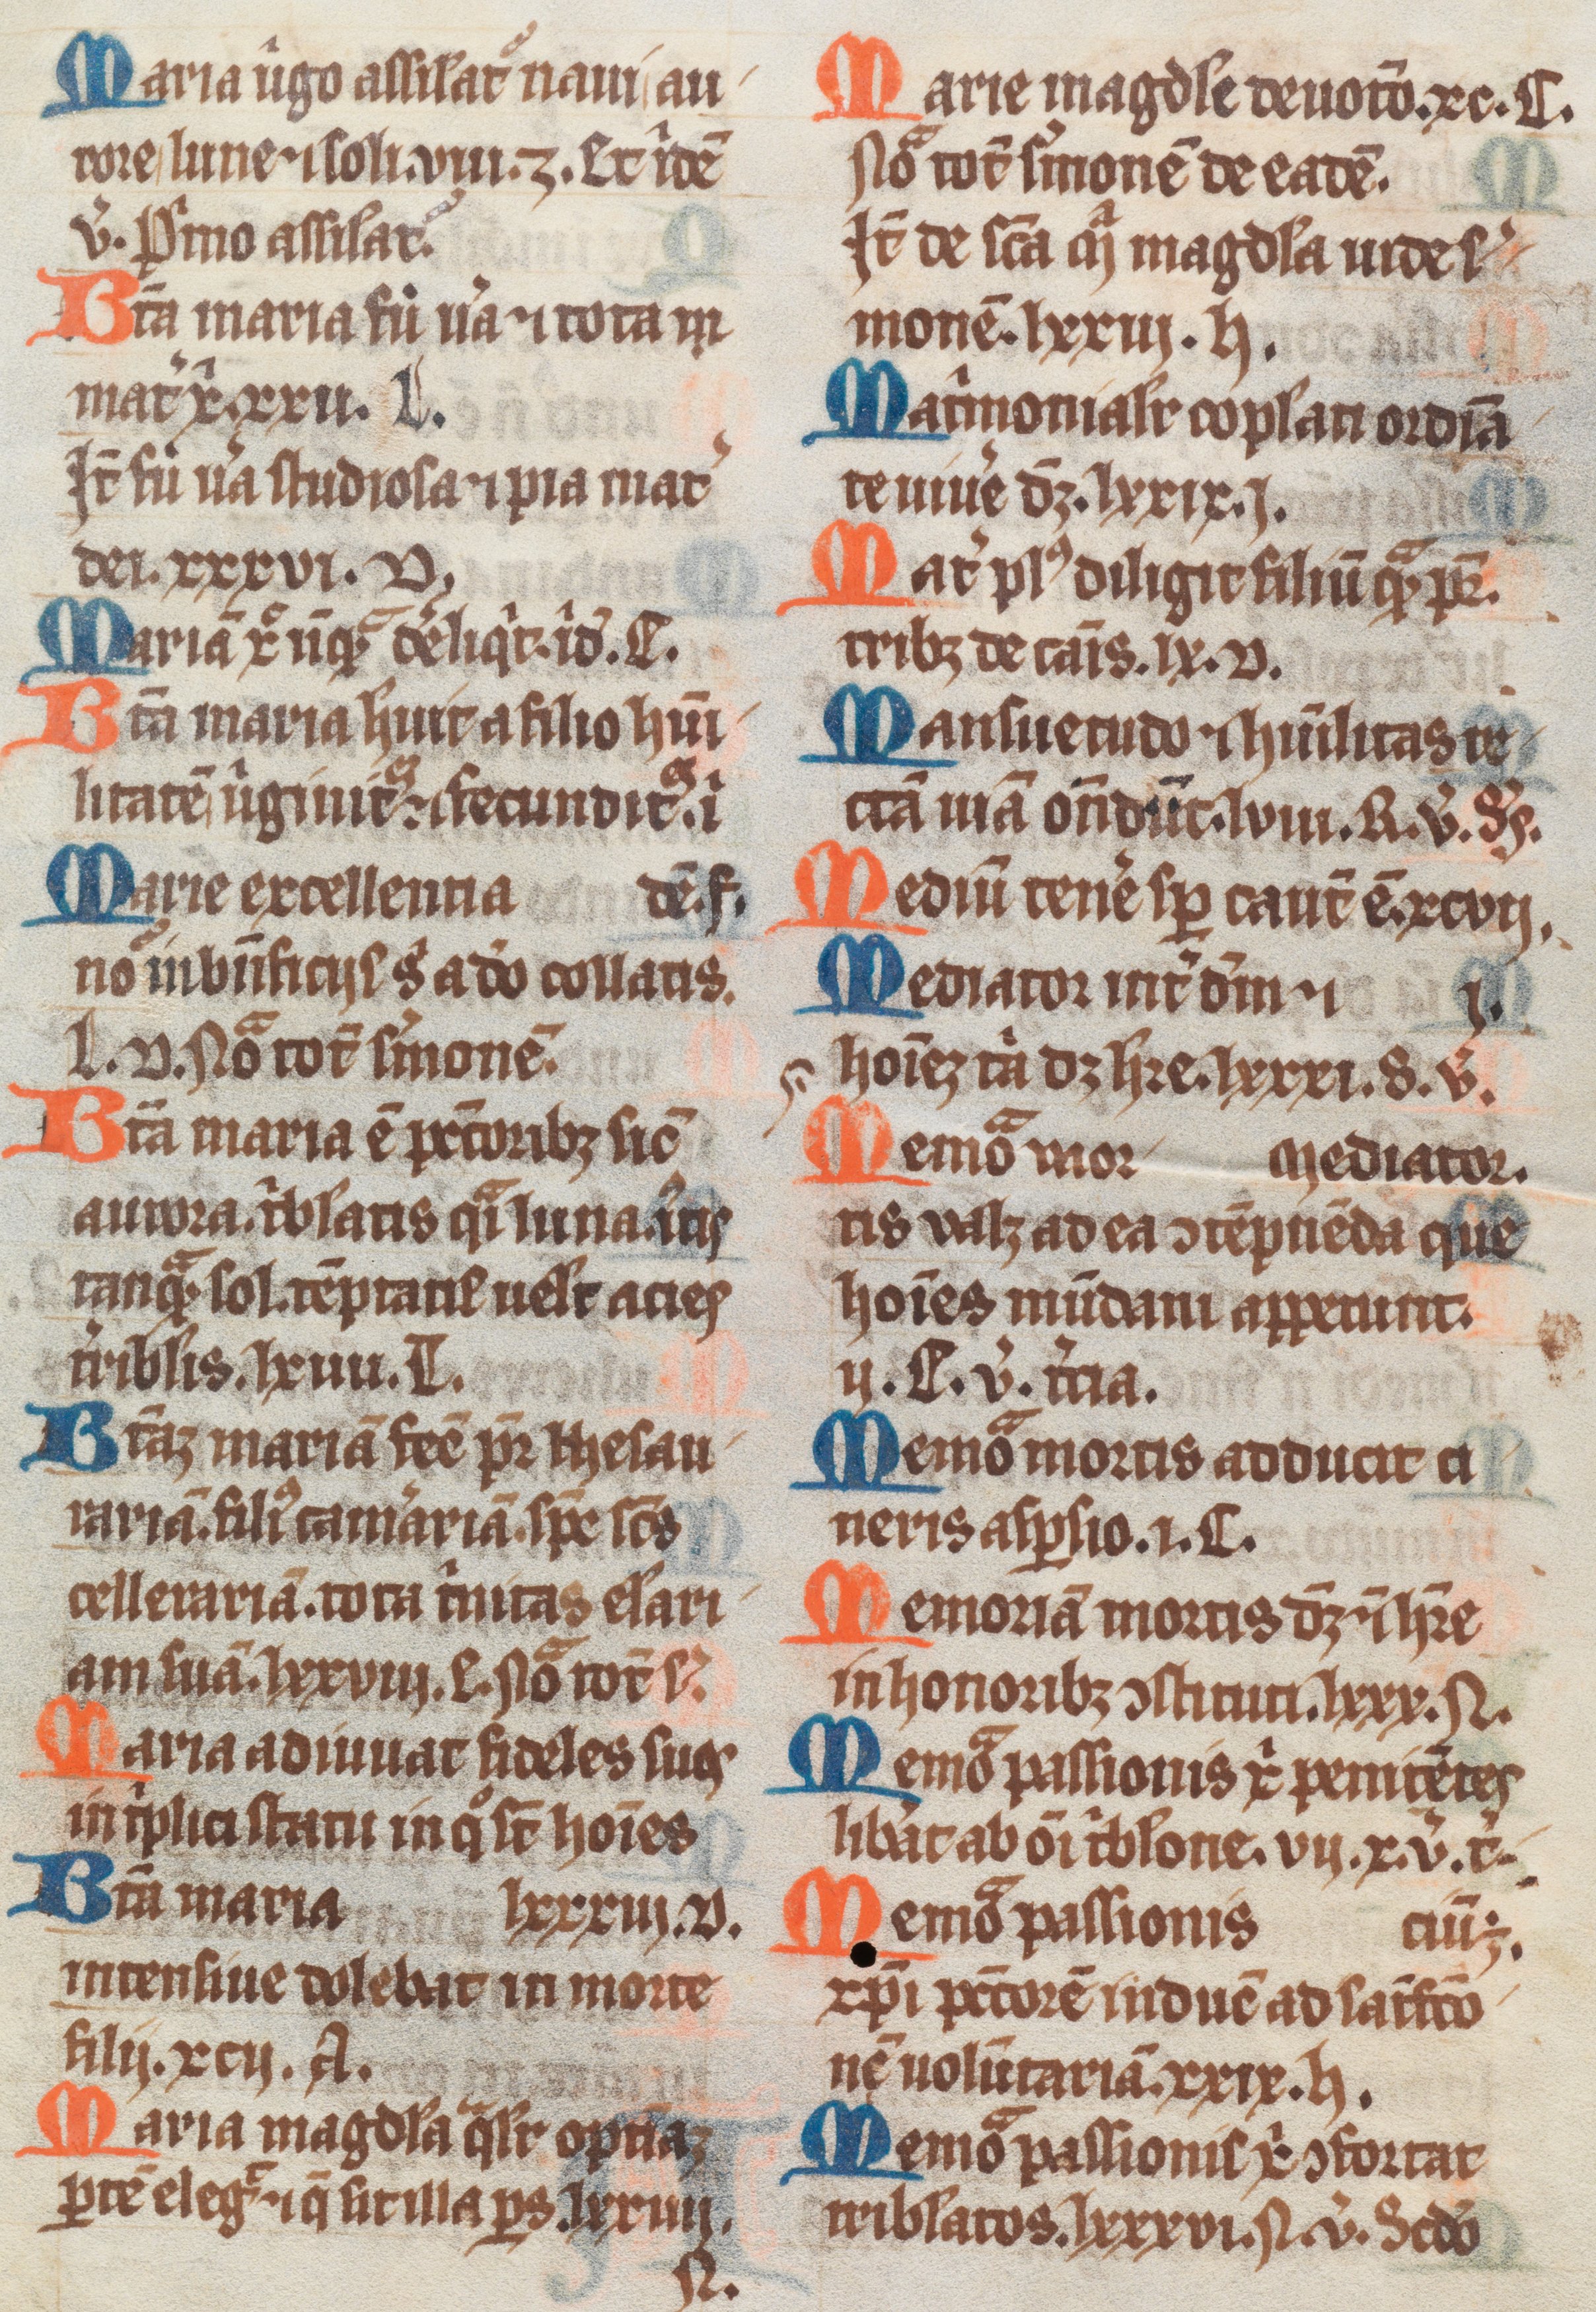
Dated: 1300–1399